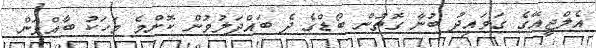
އެލްޖީއޭގެ ގަވައިދު ބުނާ ގޮތުން ބޯޑްގެ ދެ ބައްދަލުވުން ކޮންމެ މަހަކު ބާއްވަން